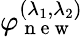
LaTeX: \varphi_{\mathrm{~n~e~w~}}^{(\lambda_{1},\lambda_{2})}